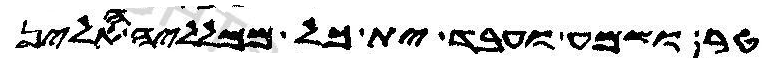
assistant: טר ותשמע ותעבד ית כל ממלליה האלין